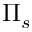
\Pi _ { s }